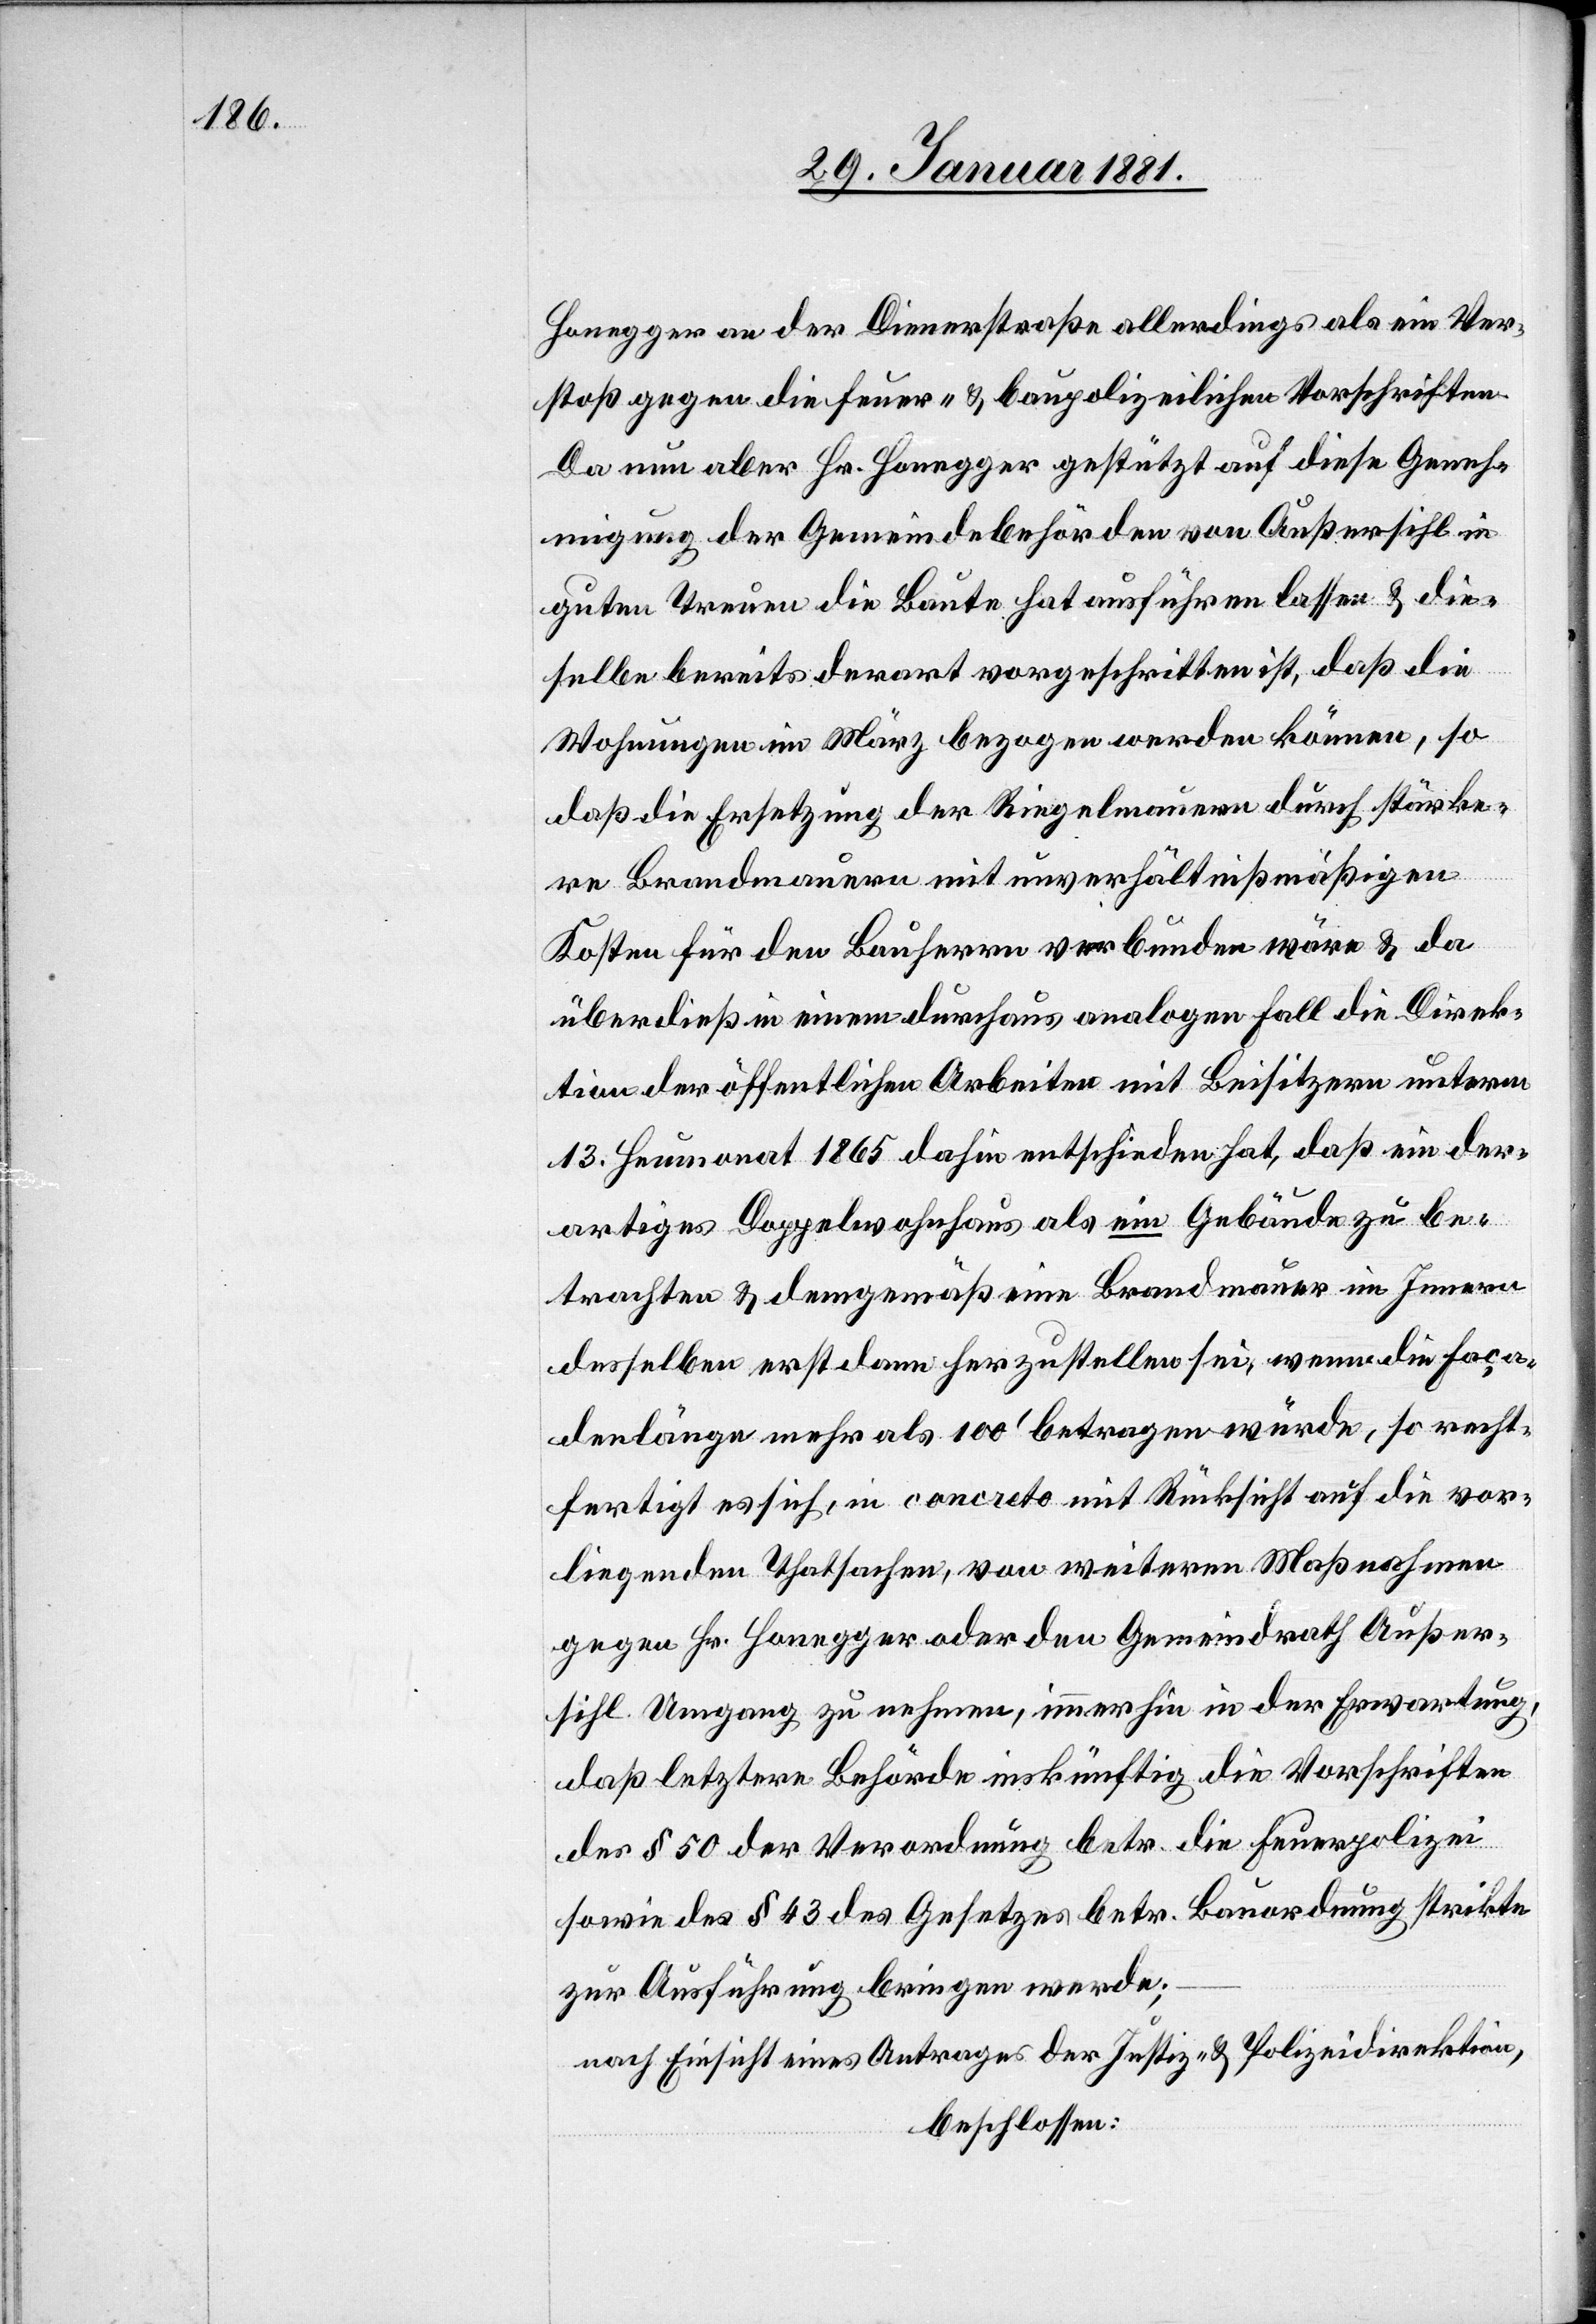
Honegger an der Dienerstraße allerdings als ein Ver¬
stoß gegen die feuer- polizeilichen Vorschriften.
Da nun aber Hr. Honegger gestützt auf diese Geneh¬
migung der Gemeindebehörden von Außersihl in
guten Treuen die Baute hat ausführen lassen & die¬
selbe bereits derart vorgeschritten ist, daß die
Wohnungen im März bezogen werden können, so
daß die Ersetzung der Ringelmauer durch stärke¬
re Brandmauern mit unverhältnißmäßigen
Kosten für den Bauherrn verbunden wäre & da
überdieß in einem durchaus analogen Fall die Direk¬
tion der öffentlichen Arbeiten mit Beisitzern unterm
13. Heumonat 1865 dahin entschieden hat, daß ein der¬
artiges Doppelwohnhaus als ein Gebäude zu be¬
trachten & demgemäß eine Brandmauer im Innern
desselben erst dann herzustellen sei, wenn die Faça¬
denlänge mehr als 100‘ betragen würde, so recht¬
fertigt es sich, in concreto mit Rücksicht auf die vor¬
liegenden Thatsachen, von weitern Maßnahmen
gegen Hr. Honegger oder den Gemeindrath Außer¬
sihl Umgang zu nehmen, immerhin in der Erwartung,
daß letztere Behörde inskünftig die Vorschriften
des § 50 der Verordnung betr. die Feuerpolizei
sowie des § 43 des Gesetzes betr. Bauordnung strikte
zur Ausführung bringen werde;
nach Einsicht eines Antrages der Justiz- & Polizeidirektion,
beschlossen: